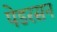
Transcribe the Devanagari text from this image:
पेडरसन